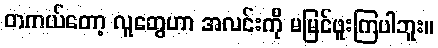
တကယ်တော့ လူတွေဟာ အလင်းကို မမြင်ဖူးကြပါဘူး။